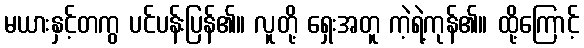
မယားနှင့်တကွ ပင်ပန်းပြန်၏။ လူတို့ ရှေးအတူ ကဲ့ရဲ့ကုန်၏။ ထို့ကြောင့်